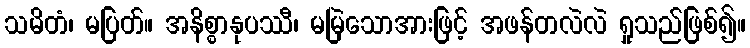
သမိတံ၊ မပြတ်။ အနိစ္စာနုပဿီ၊ မမြဲသောအားဖြင့် အဖန်တလဲလဲ ရှုသည်ဖြစ်၍။